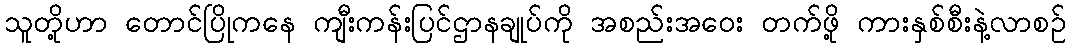
သူတို့ဟာ တောင်ပြိုကနေ ကျီးကန်းပြင်ဌာနချုပ်ကို အစည်းအဝေး တက်ဖို့ ကားနှစ်စီးနဲ့လာစဉ်